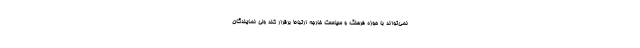
نمی‌تواند با حوزه فرهنگ و سیاست خارجه ارتباط برقرار کند ولی نمایندگان